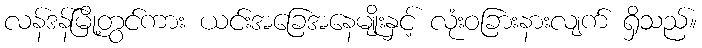
လန်ဒန်မြို့တွင်ကား ယင်းအခြေအနေမျိုးနှင့် လုံးဝခြားနားလျက် ရှိသည်။